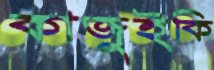
কাজুইকি